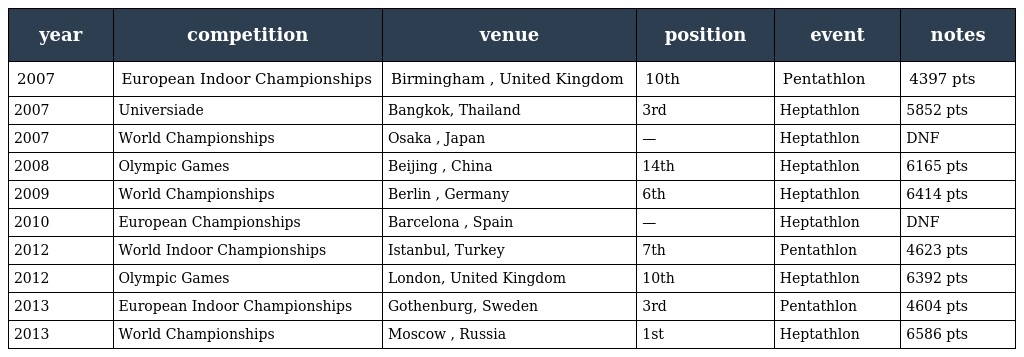
| year | competition | venue | position | event | notes |
 | --- | --- | --- | --- | --- | --- |
 | 2007 | European Indoor Championships | Birmingham , United Kingdom | 10th | Pentathlon | 4397 pts |
 | 2007 | Universiade | Bangkok, Thailand | 3rd | Heptathlon | 5852 pts |
 | 2007 | World Championships | Osaka , Japan | — | Heptathlon | DNF |
 | 2008 | Olympic Games | Beijing , China | 14th | Heptathlon | 6165 pts |
 | 2009 | World Championships | Berlin , Germany | 6th | Heptathlon | 6414 pts |
 | 2010 | European Championships | Barcelona , Spain | — | Heptathlon | DNF |
 | 2012 | World Indoor Championships | Istanbul, Turkey | 7th | Pentathlon | 4623 pts |
 | 2012 | Olympic Games | London, United Kingdom | 10th | Heptathlon | 6392 pts |
 | 2013 | European Indoor Championships | Gothenburg, Sweden | 3rd | Pentathlon | 4604 pts |
 | 2013 | World Championships | Moscow , Russia | 1st | Heptathlon | 6586 pts |